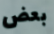
بعض